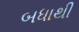
બધાથી